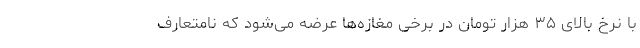
با نرخ بالای ۳۵ هزار تومان در برخی مغازه‌ها عرضه می‌شود که نامتعارف